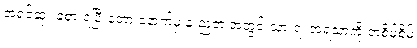
အရင်ဆုံး ခံစားရပြီးတော့ နောက်မှ နူးညံ့တဲ့ အတွင်းသားရဲ့ အရသာကို တစိမ့်စိမ့်